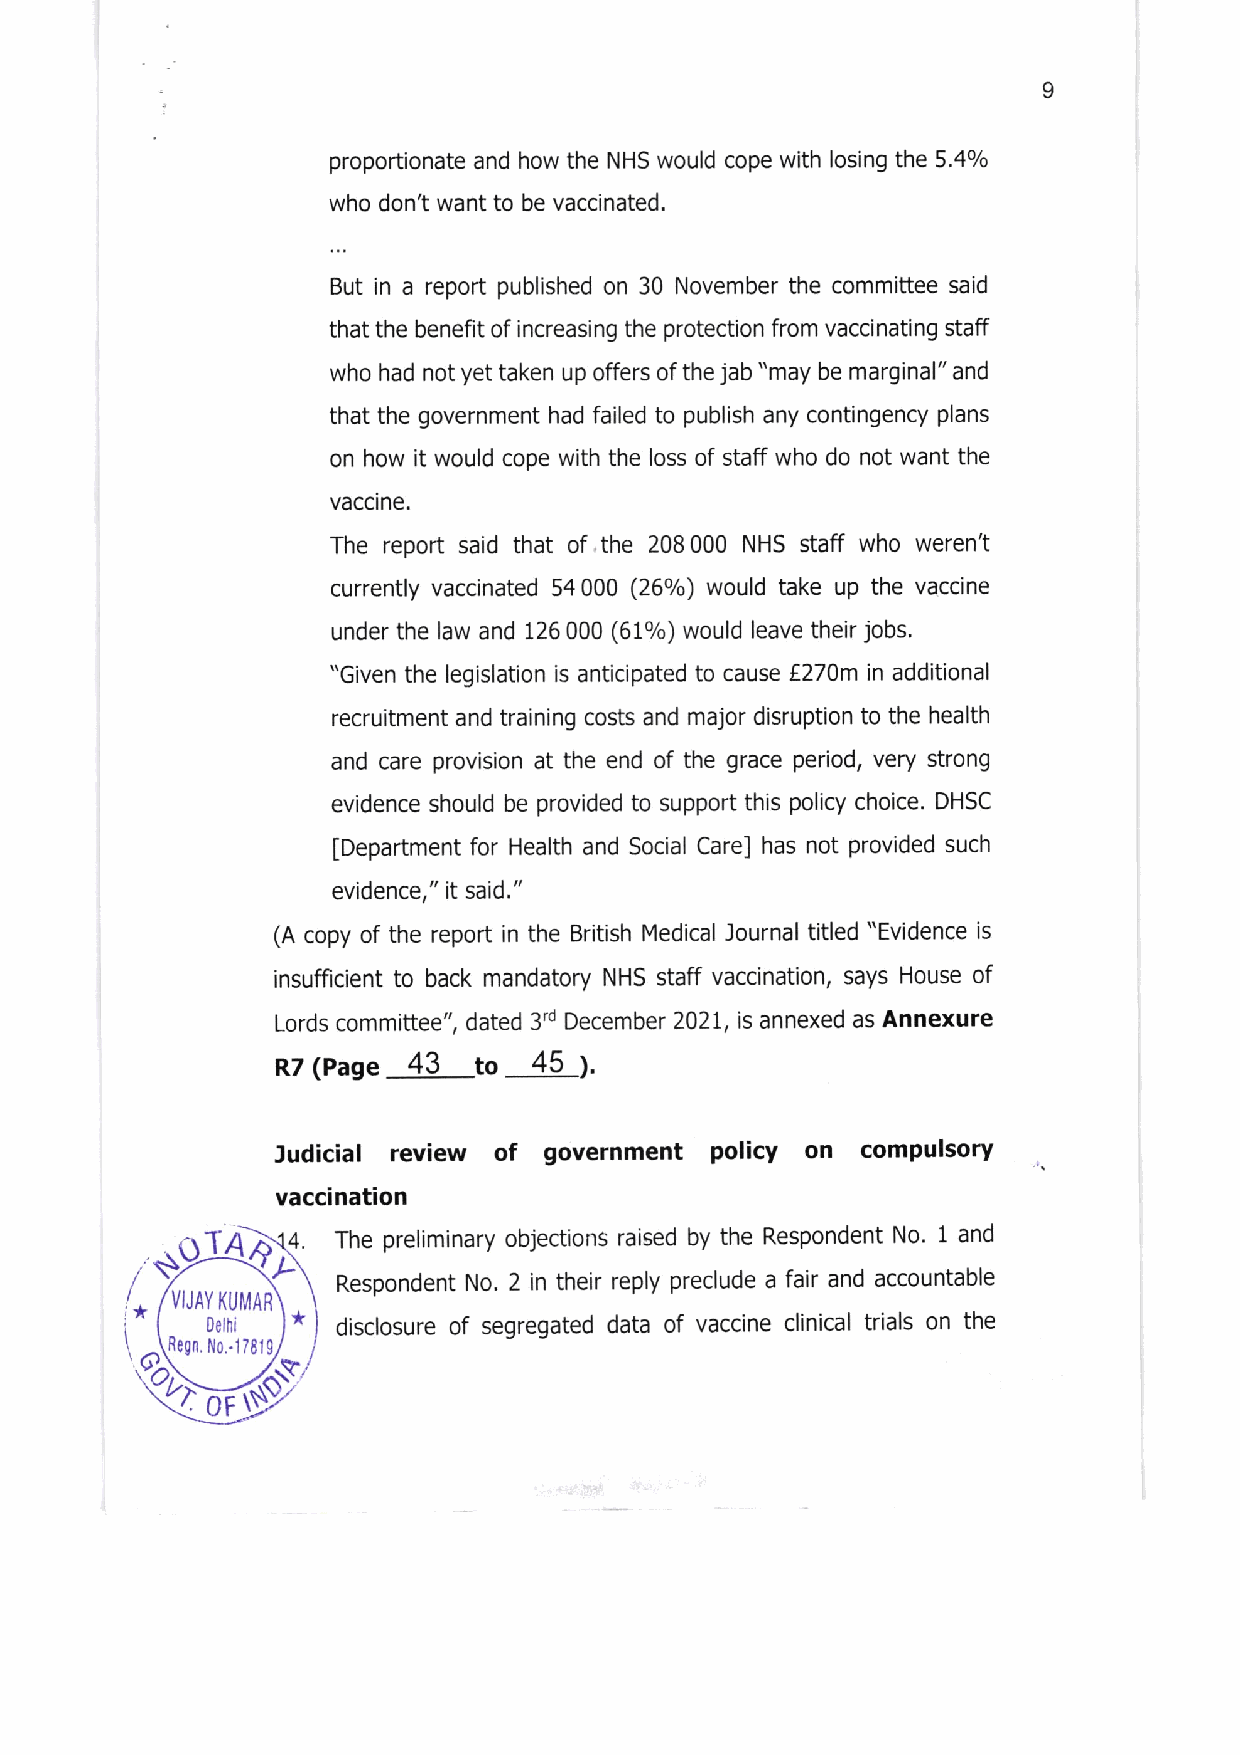
o
 propotionate and how the NHS would cope with losing the 5,4olo
 who don't want to be vaccinated.
 But in a report published on 30 November the committee said
 that the benefit of increasing the protection from vaccinating staff
 who had not yet taken up offers of the jab "may be marginal" and
 that the government had falled to publish any contingency plans
 on how it would cope with the loss of staff who do not want the
 vaccrne.
 The report said that of the 208 000 NHS staff who weren't
 currently vaccinated 54000 (26Yo) would take up the vaccine
 under the law and 126 000 (61%) would leave their jobs.
 "Given the legislation is anticipated to cause L270m in additional
 recruitment and training costs and major disruption to the health
 and care provlsion at the end of the grace period, very strong
 evidence should be provided to support this policy choice. DHSC
 [Department for Health and Social Care] has not provided such
 evidence," it said."
 (A copy of the report in the Britlsh Medical Journal titled "Evidence is
 insufficient to back mandatory NHS staff vaccination, says House of
 Lords committee", dated 3'd December 2021, is annexed as Annexure
 R7 (Page 43  to  45 l.
 Judicial review of government policy on compulsory
 vaccination
 TA   4  The preliminary objections raised by the Respondent No. 1 and
 Respondent No. 2 in their reply preclude a fair and accountable
 I * VIJAY D eK lhU iMAR * disclosure of segregated data of vaccine clinical trials on the
 \  Regn. l,lo,.178lg
 OF